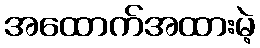
အထောက်အထားမဲ့